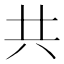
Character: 共